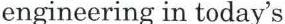
engineering in today's